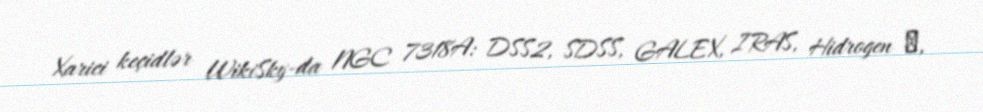
Xarici keçidlər WikiSky-da NGC 7318A: DSS2, SDSS, GALEX, IRAS, Hidrogen α,